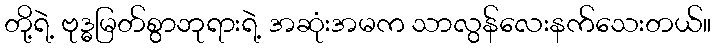
တို့ရဲ့ ဗုဒ္ဓမြတ်စွာဘုရားရဲ့ အဆုံးအမက သာလွန်လေးနက်သေးတယ်။